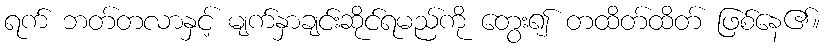
ရက် ဘတ်တလာနှင့် မျက်နှာချင်းဆိုင်ရမည်ကို တွေး၍ တထိတ်ထိတ် ဖြစ်နေ၏။